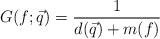
LaTeX: \begin{align*} G(f;\vec{q})=\frac{1}{d(\vec{q})+m(f)}\end{align*}